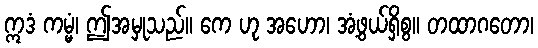
ဣဒံ ကမ္မံ၊ ဤအမှုသည်။ ကေ ဟု အဟော၊ အံ့ဖွယ်ရှိစွ။ တထာဂတော၊